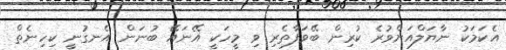
އެކަމަކު ނާޔަލްއަށްވުރެ ކުރިން ބޭވަފާތެރި ވި މީހަކީ އޭނައޭ ބުނަން އެނގުނީ ކިހިނެތް